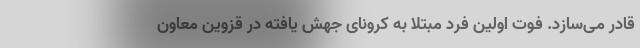
قادر می‌سازد. فوت اولین فرد مبتلا به کرونای جهش یافته در قزوین معاون